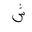
Letter: _shin